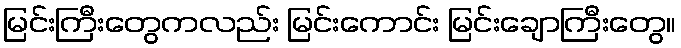
မြင်းကြီးတွေကလည်း မြင်းကောင်း မြင်းချောကြီးတွေ။